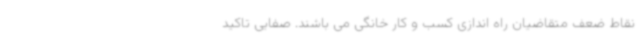
نقاط ضعف متقاضیان راه اندازی کسب و کار خانگی می باشند. صفایی تاکید